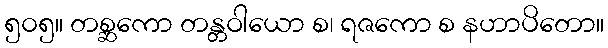
၅၀၅။ တစ္ဆကော တန္တဝါယော စ၊ ရဇကော စ နဟာပိတော။